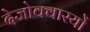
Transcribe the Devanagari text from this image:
देजोक्वास्यों